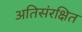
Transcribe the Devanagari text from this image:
अतिसंरक्षित